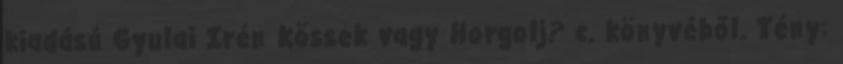
kiadású Gyulai Irén Kössek vagy Horgolj? c. könyvéből. Tény: